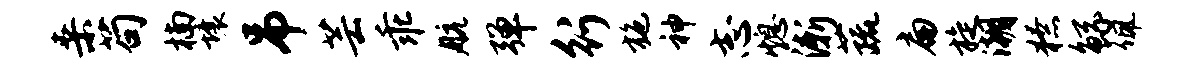
桑苟楠壤吊芸乖航弹行施神志熄渐蔬扁旋潮獠鲧佩